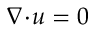
\boldsymbol { \nabla } \! \cdot \! \boldsymbol { u } = 0